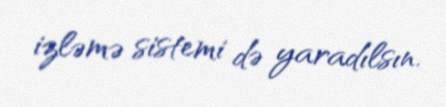
izləmə sistemi də yaradılsın.